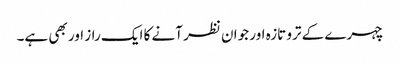
چہرے کے ترو تازہ اور جوان نظر آنے کا ایک راز اور بھی ہے۔